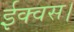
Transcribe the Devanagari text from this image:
ईक्वस।